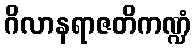
ဂိလာနရာဇတိကဏ္ဍံ